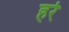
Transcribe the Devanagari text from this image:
हर्र